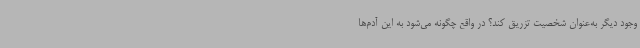
وجود دیگر به‌عنوان شخصیت تزریق کند؟ در واقع چگونه می‌شود به این آدم‌ها